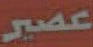
عصير